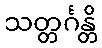
သတ္တင်္ဂန္တိ